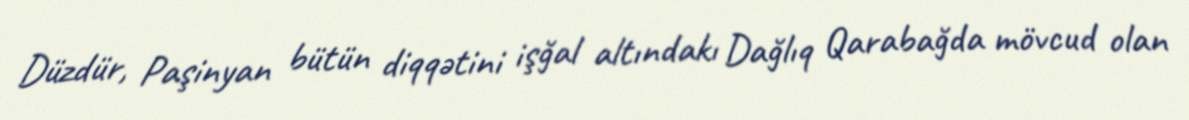
Düzdür, Paşinyan bütün diqqətini işğal altındakı Dağlıq Qarabağda mövcud olan